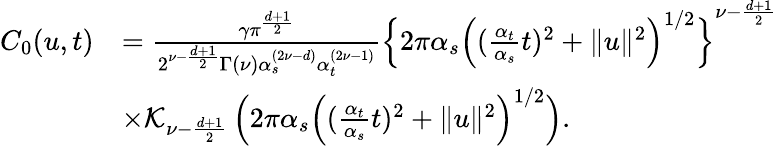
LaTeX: \begin{array}{rl}{C_{0}(u,t)}&{=\frac{\gamma\pi^{\frac{d+1}{2}}}{2^{\nu-\frac{d+1}{2}}\Gamma(\nu)\alpha_{s}^{(2\nu-d)}\alpha_{t}^{(2\nu-1)}}\left\{ 2\pi\alpha_{s}\Big((\frac{\alpha_{t}}{\alpha_{s}}t)^{2}+\| u\| ^{2}\Big)^{1/2}\right\} ^{\nu-\frac{d+1}{2}}}\\ &{\times\mathcal{K}_{\nu-\frac{d+1}{2}}\left(2\pi\alpha_{s}\Big((\frac{\alpha_{t}}{\alpha_{s}}t)^{2}+\| u\| ^{2}\Big)^{1/2}\right).}\end{array}